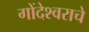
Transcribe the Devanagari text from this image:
गोंदेश्वराचे